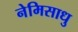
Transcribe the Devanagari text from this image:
नेमिसाधु